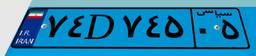
۷۴D۷۴۵۰۵